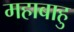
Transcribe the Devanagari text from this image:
महाबाहु